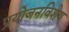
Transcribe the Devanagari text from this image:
प्रयोजनविशेष